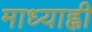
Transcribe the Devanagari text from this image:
माध्याह्नी